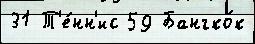
31 Т'е́нн'ис 59 Бангко́к